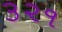
૩૨૧